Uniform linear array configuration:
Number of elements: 8
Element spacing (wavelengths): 0.75
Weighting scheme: hann
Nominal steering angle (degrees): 30
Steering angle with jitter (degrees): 29.896
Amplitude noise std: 0.05
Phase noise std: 0.05

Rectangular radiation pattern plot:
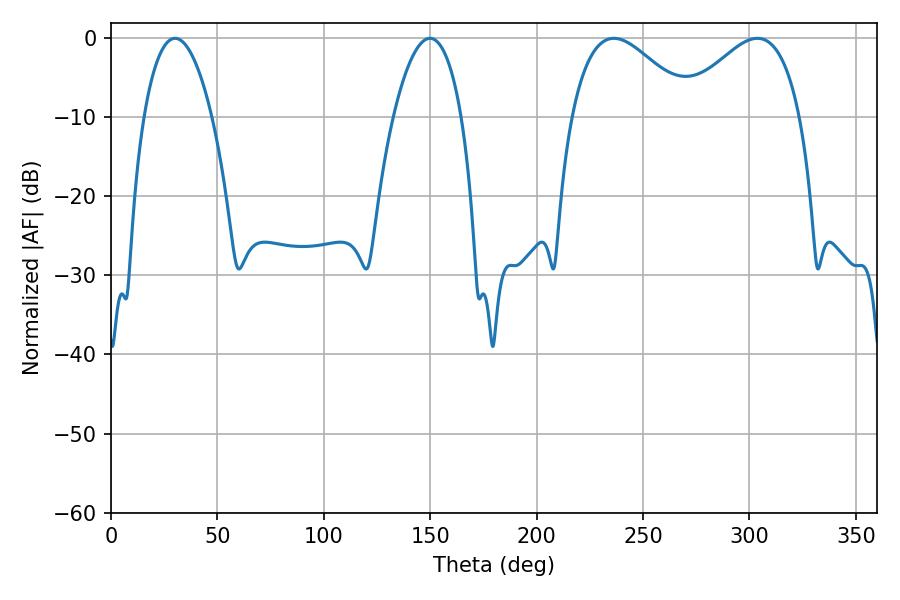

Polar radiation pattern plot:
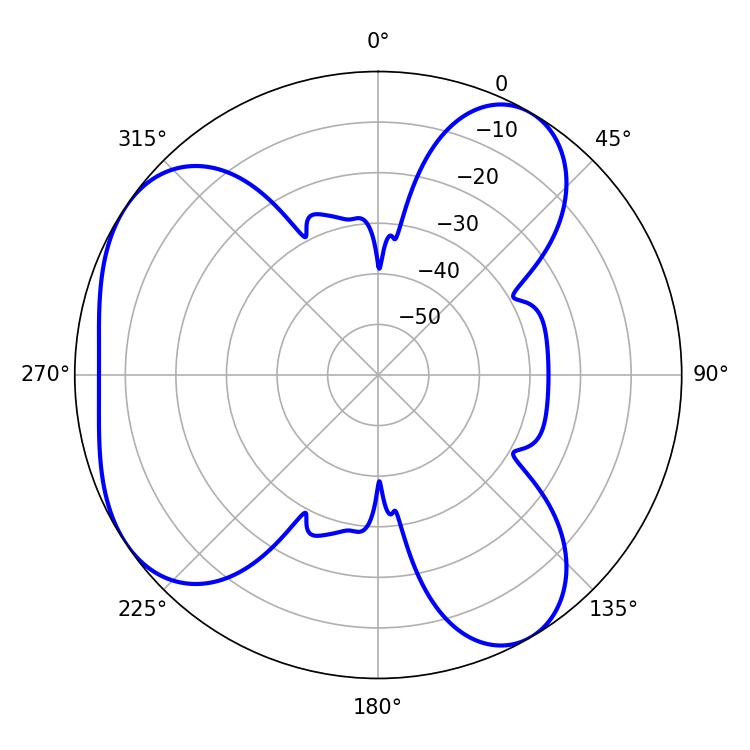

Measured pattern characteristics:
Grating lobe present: TRUE
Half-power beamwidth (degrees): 30.78
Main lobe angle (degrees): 236.34